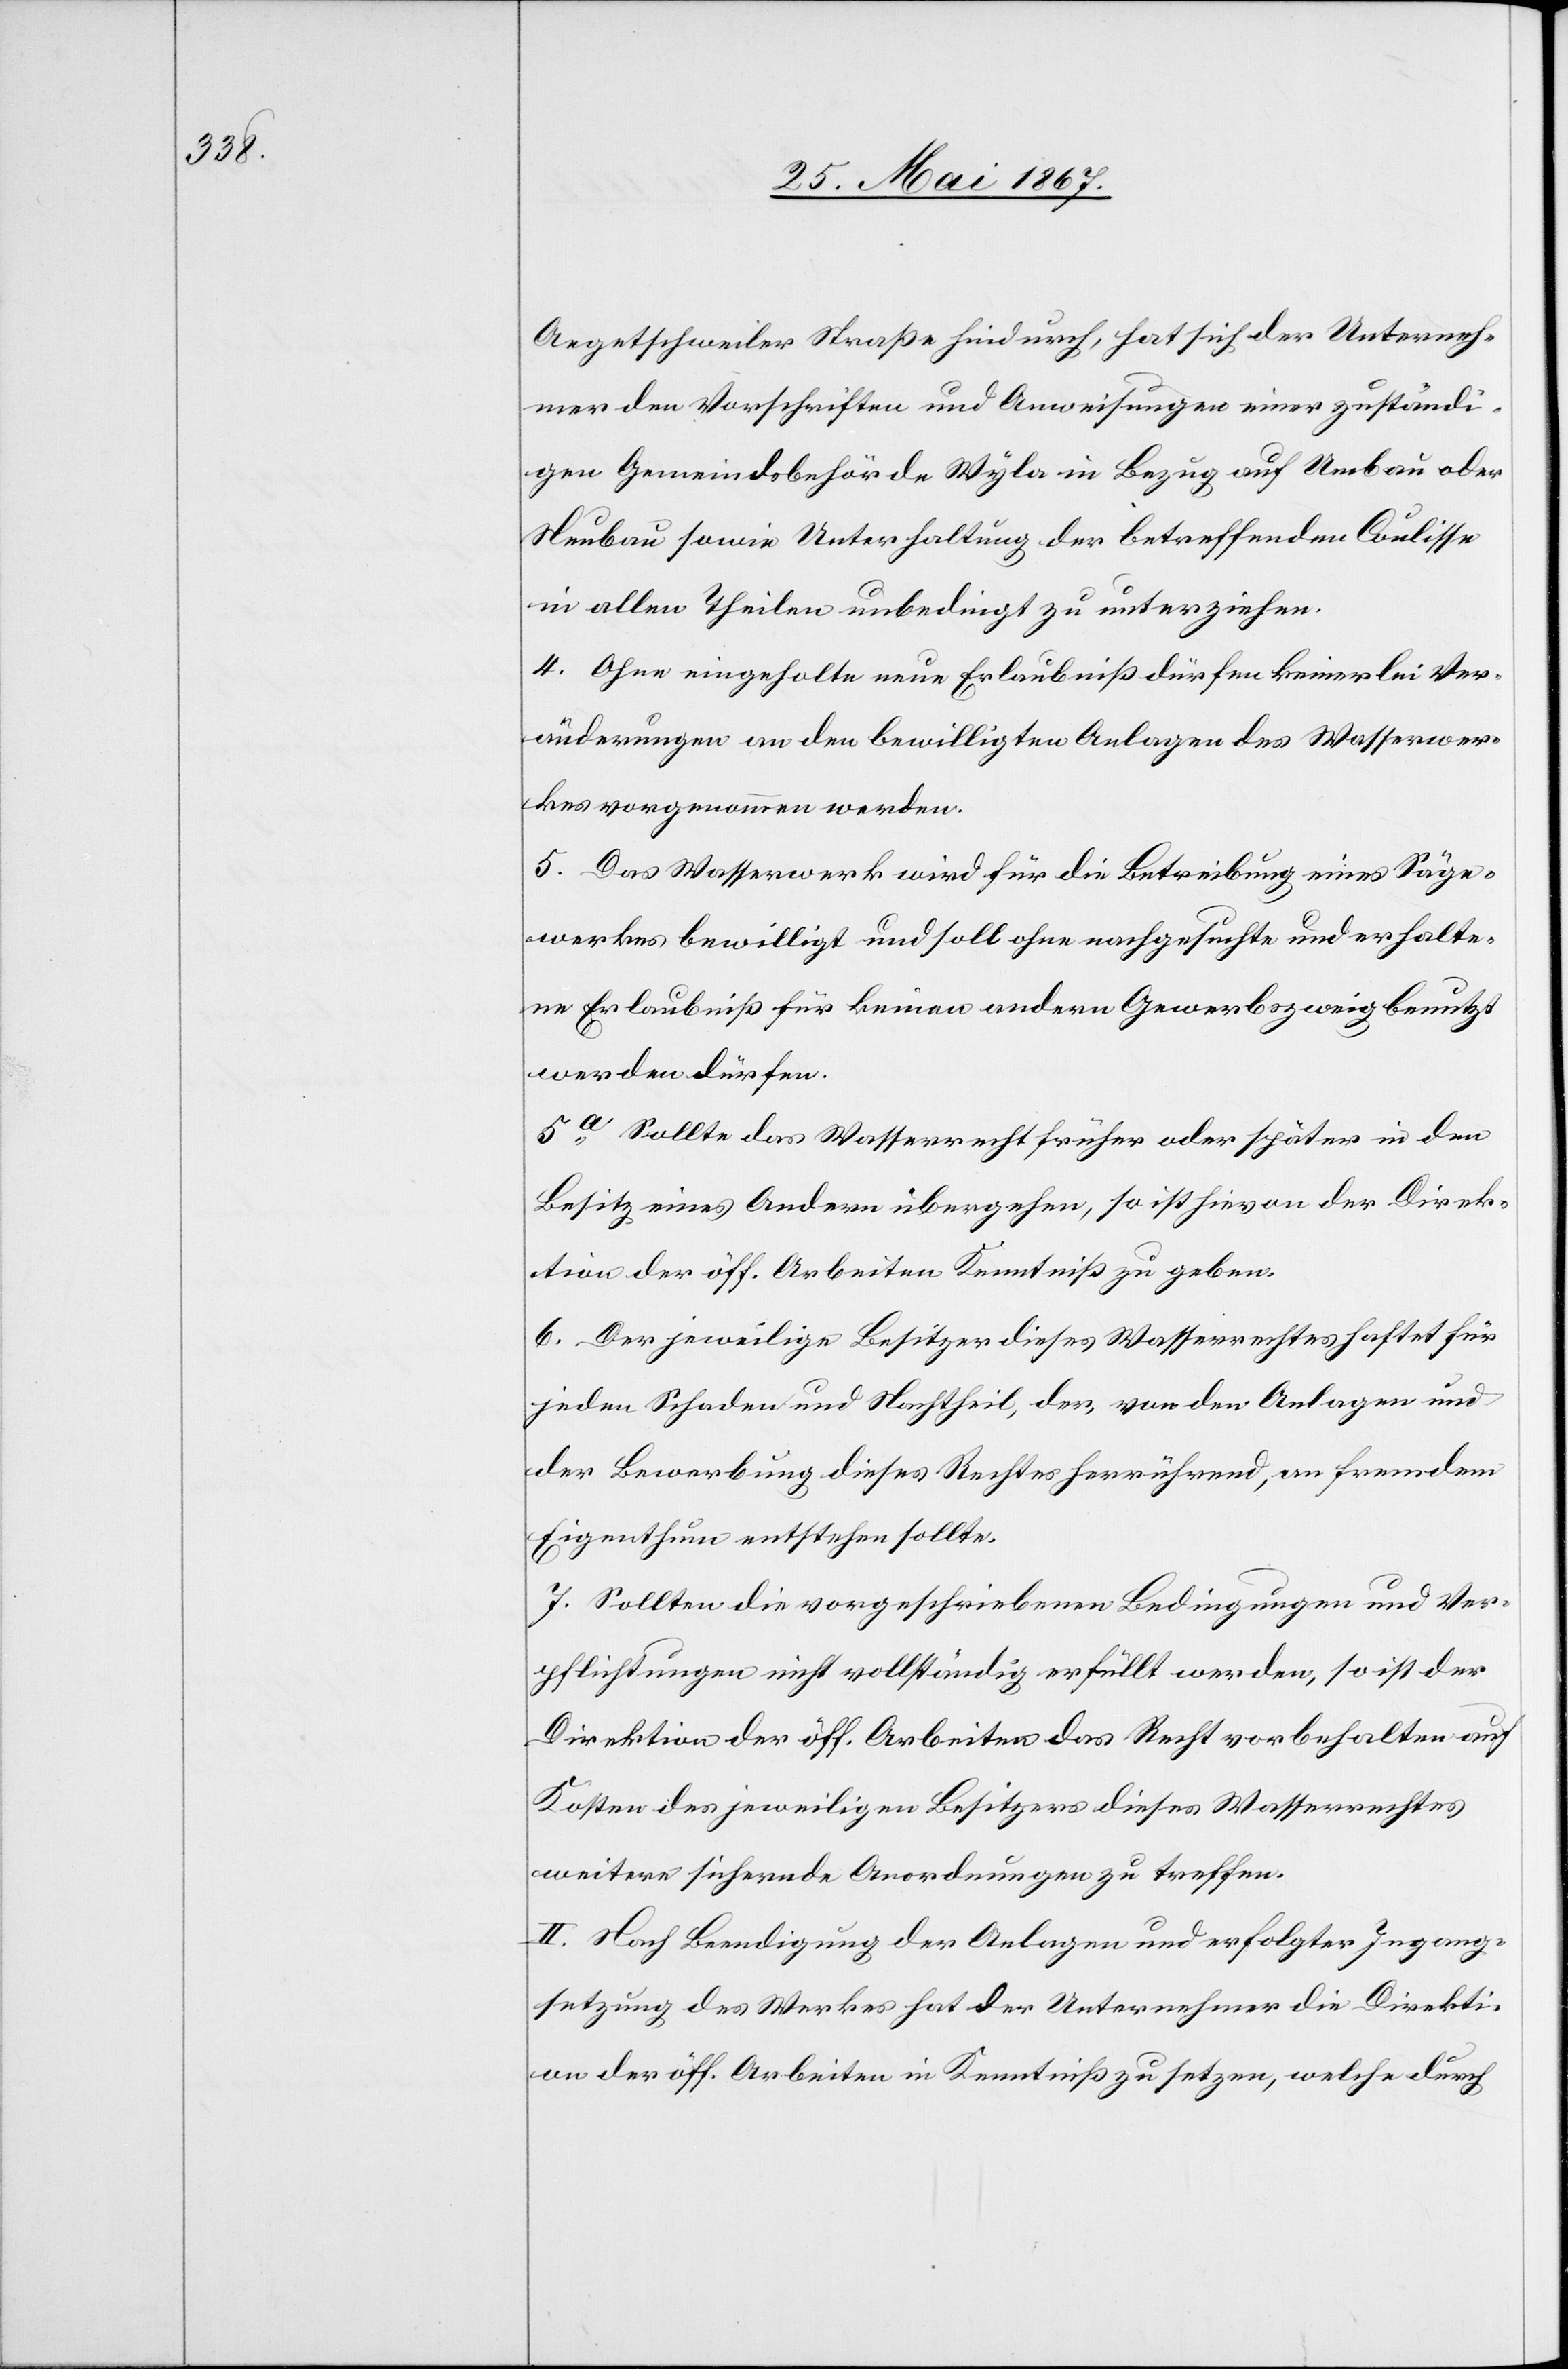
Aegetschweiler Straße hindurch, hat sich der Unterneh¬
mer den Vorschriften und Anweisungen einer [recte: der] zuständi¬
gen Gemeindsbehörde Wyla in Bezug auf Umbau oder
Neubau sowie Unterhaltung der betreffenden Coulisse
in allen Theilen unbedingt zu unterziehen.
4. Ohne eingeholte Erlaubniß dürfen keinerlei Ver¬
änderungen an den bewilligten Anlagen des Wasserwer¬
kes vorgenommen werden.
5. Das Wasserwerk wird für die Betreibung eines Säge¬
werkes bewilligt und soll ohne nachgesuchte und erhalte¬
ne Erlaubniß für keinen andern Gewerbszweig benutzt
werden dürfen.
5a Sollte das Wasserrecht früher oder später in den
Besitz eines Andern übergehen so ist hievon der Direk¬
tion der öff. Arbeiten Kenntniß zu geben.
6. Der jeweilige Besitzer dieses Wasserrechtes haftet für
jeden Schaden und Nachtheil, der, von den Anlagen und
der Bewerbung dieses Rechtes herrührend, an fremdem
Eigenthum entstehen sollte.
7. Sollten die vorgeschriebenen Bedingungen und Ver¬
pflichtungen nicht vollständig erfüllt werden, so ist der
Direktion der öff. Arbeiten das Recht vorbehalten auf
Kosten des jeweiligen Besitzers dieses Wasserrechtes
weitere sichernde Anordnungen zu treffen.
II. Nach Beendigung der Anlagen und erfolgter Ingang¬
setzung des Werkes hat der Unternehmer die Direkti¬
on der öff. Arbeiten in Kenntniß zu setzen, welche durch